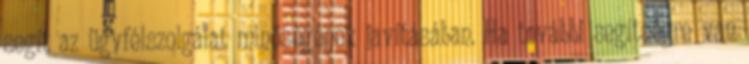
segít az ügyfélszolgálat minőségének javításában. Ha további segítségre van